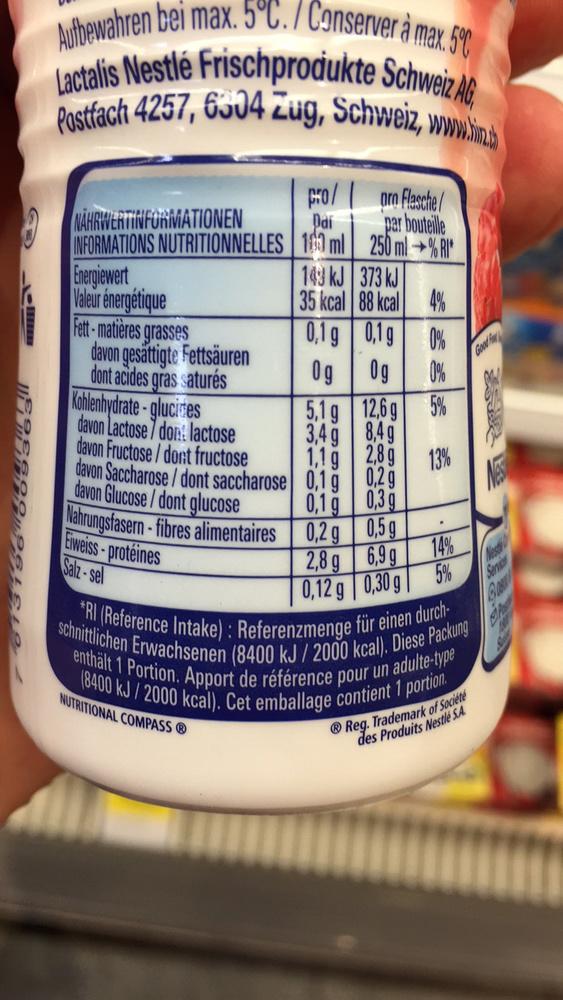
Aufbewahren bei max. 5°C./ Conserver à max. 5°C Lactalis Nestlé Frischprodukte Schweiz AG, Postfach 4257, 6304 Zug, Schweiz, www.in
NÄHRWERTINFORMATIONEN INFORMATIONS NUTRITIONNELLES
Energiewert Valeur énergétique
Cro/
Dai
10 ml
Eiweiss-protéines Salz-sel
143 kJ
35 kcal
0,1 g
Og
5,1 g
3,4 g
pro Flasche/ par bouteille 250ml+%RI*
373 kJ
88 kcal
4%
0,1g 0%
Og
0%
12,6 g
5%
8,4g
2,8g
Fett-matières grasses davon gesättigte Fettsäuren dont acides gras saturés Kohlenhydrate-glucides davon Lactose dont lactose davon Fructose/dont fructose davon Saccharose/dont saccharose 0,19 davon Glucose/dont glucose
1,1g
Nahrungsfasern-fibres alimentaires 0,2 g 0,5g
0,1 g
2,8 g 6,9 g
0,12 g 0,30 g
0,2g
0,3g
13%
.
14%
5%
Good
schnittlichen Erwachsenen (8400 kJ/ 2000 kcal). Diese Packung *RI (Reference Intake): Referenzmenge für einen durchenthält 1 Portion. Apport de référence pour un adulte-type (8400 kJ/2000 kcal). Cet emballage contient 1 portion.
NUTRITIONAL COMPASS Ⓡ
Reg. Trademark of Société des Produits Nestlé SA
Nes
BARU
Servic
El Pasch